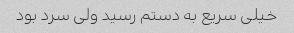
خیلی سریع به دستم رسید ولی سرد بود